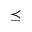
\preceq